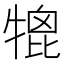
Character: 𤚪